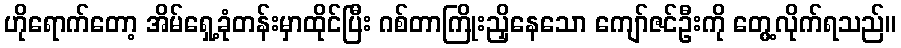
ဟိုရောက်တော့ အိမ်ရှေ့ခုံတန်းမှာထိုင်ပြီး ဂစ်တာကြိုးညှိနေသော ကျော်ဇင်ဦးကို တွေ့လိုက်ရသည်။